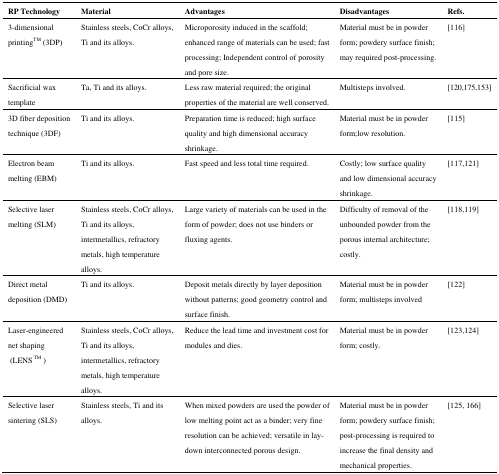
| RP Technology | Material | Advantages | Disadvantages | Refs. |
 | --- | --- | --- | --- | --- |
 | 3-dimensional printingTM (3DP) | Stainless steels, CoCr alloys, Ti and its alloys. | Microporosity induced in the scaffold; enhanced range of materials can be used; fast processing; Independent control of porosity and pore size. | Material must be in powder form; powdery surface finish; may required post-processing. | [116] |
 | Sacrificial wax template | Ta, Ti and its alloys. | Less raw material required; the original properties of the material are well conserved. | Multisteps involved. | [120,175,153] |
 | 3D fiber deposition technique (3DF) | Ti and its alloys. | Preparation time is reduced; high surface quality and high dimensional accuracy shrinkage. | Material must be in powder form;low resolution. | [115] |
 | Electron beam melting (EBM) | Ti and its alloys. | Fast speed and less total time required. | Costly; low surface quality and low dimensional accuracy shrinkage. | [117,121] |
 | Selective laser melting (SLM) | Stainless steels, CoCr alloys, Ti and its alloys, intermetallics, refractory metals, high temperature alloys. | Large variety of materials can be used in the form of powder; does not use binders or fluxing agents. | Difficulty of removal of the unbounded powder from the porous internal architecture; costly. | [118,119] |
 | Direct metal deposition (DMD) | Ti and its alloys. | Deposit metals directly by layer deposition without patterns; good geometry control and surface finish. | Material must be in powder form; multisteps involved | [122] |
 | Laser-engineered net shaping (LENS TM ) | Stainless steels, CoCr alloys, Ti and its alloys, intermetallics, refractory metals, high temperature alloys. | Reduce the lead time and investment cost for modules and dies. | Material must be in powder form; costly. | [123,124] |
 | Selective laser sintering (SLS) | Stainless steels, Ti and its alloys. | When mixed powders are used the powder of low melting point act as a binder; very fine resolution can be achieved; versatile in lay-down interconnected porous design. | Material must be in powder form; powdery surface finish; post-processing is required to increase the final density and mechanical properties. | [125, 166] |